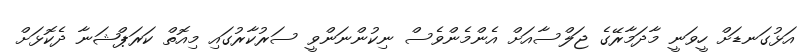
އަޅުގަނޑަށް ހީވަނީ މާދަމާރޭގެ ޖަލްސާއަށް އެންމެންވެސް ނިކުންނަންވީ ސަރުކާރުގައި މިއޮތް ކަރަޕްޝަނާ ދެކޮޅަށް